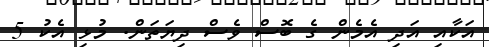
އަކާއި އަދި އެމެން ގެ ބޮސް ވެސް ދިޔަތަން. މުޅި އެކު 5